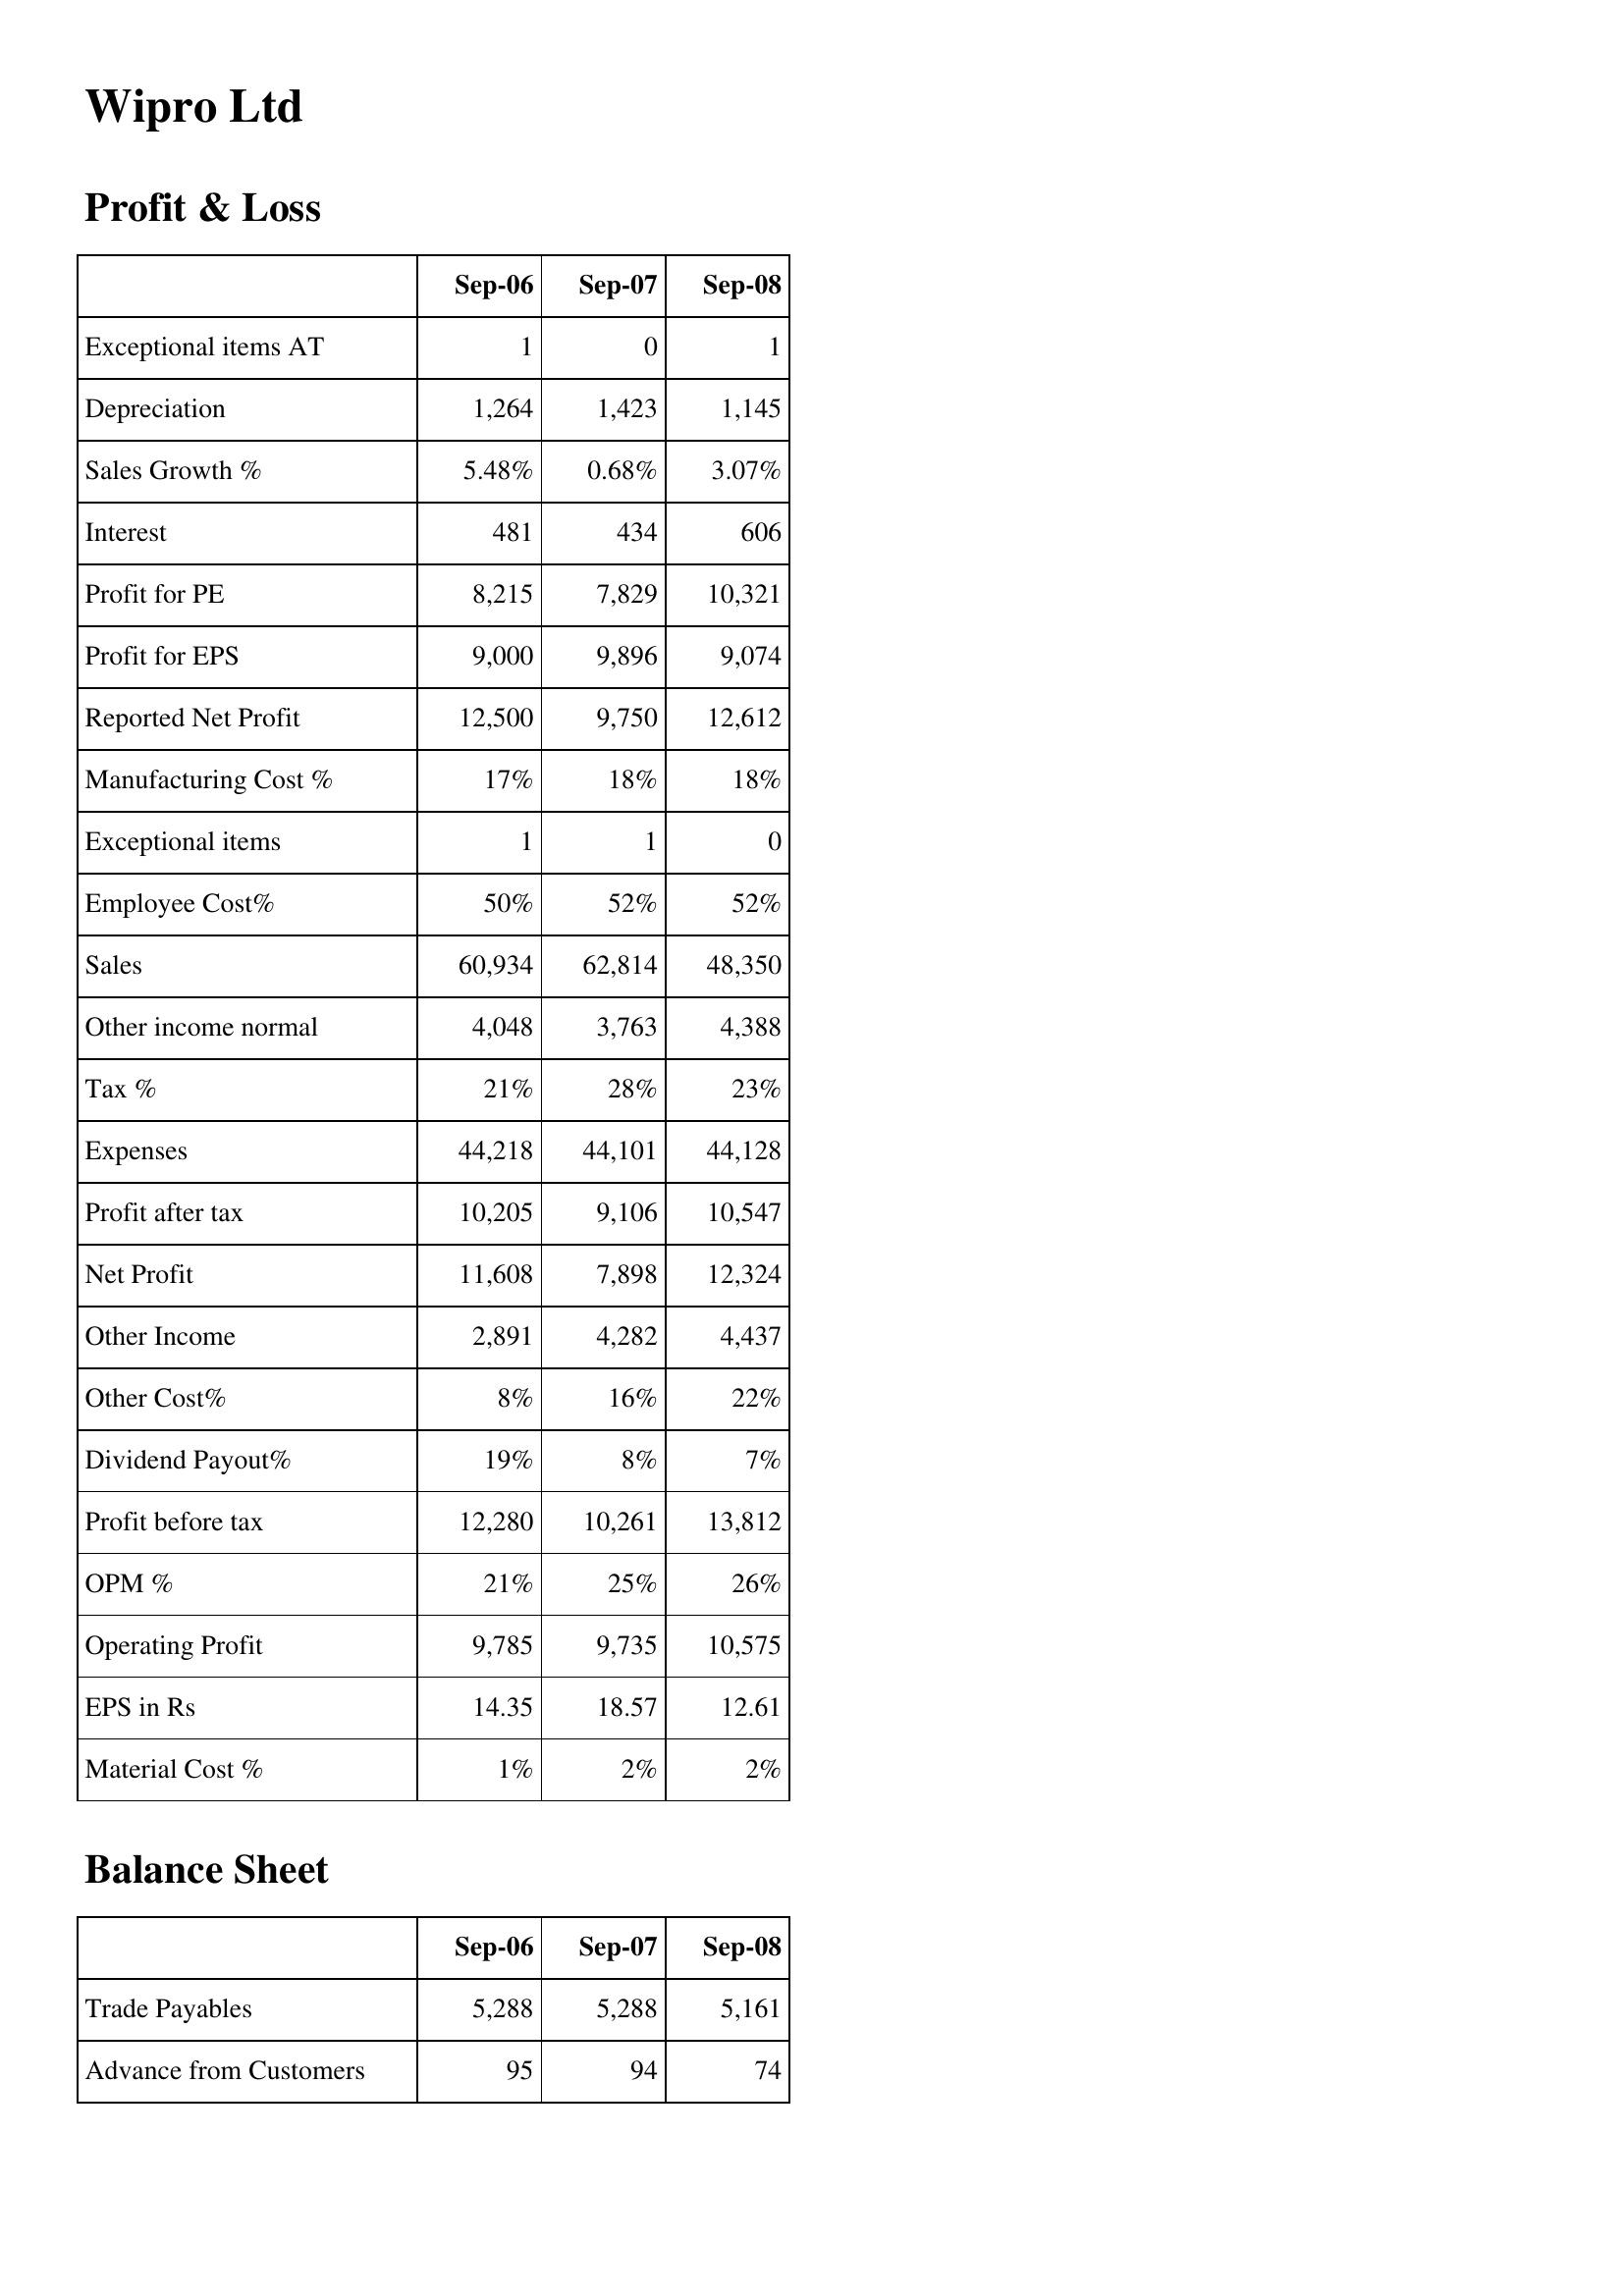
Sep-06: Profit & Loss: Exceptional items AT: 1
Depreciation: 1,264
Sales Growth %: 5.48%
Interest: 481
Profit for PE: 8,215
Profit for EPS: 9,000
Reported Net Profit: 12,500
Manufacturing Cost %: 17%
Exceptional items: 1
Employee Cost%: 50%
Sales: 60,934
Other income normal: 4,048
Tax %: 21%
Expenses: 44,218
Profit after tax: 10,205
Net Profit: 11,608
Other Income: 2,891
Other Cost%: 8%
Dividend Payout%: 19%
Profit before tax: 12,280
OPM %: 21%
Operating Profit: 9,785
EPS in Rs: 14.35
Material Cost %: 1%
Balance Sheet: Trade Payables: 5,288
Advance from Customers: 95
Sep-07: Profit & Loss: Exceptional items AT: 0
Depreciation: 1,423
Sales Growth %: 0.68%
Interest: 434
Profit for PE: 7,829
Profit for EPS: 9,896
Reported Net Profit: 9,750
Manufacturing Cost %: 18%
Exceptional items: 1
Employee Cost%: 52%
Sales: 62,814
Other income normal: 3,763
Tax %: 28%
Expenses: 44,101
Profit after tax: 9,106
Net Profit: 7,898
Other Income: 4,282
Other Cost%: 16%
Dividend Payout%: 8%
Profit before tax: 10,261
OPM %: 25%
Operating Profit: 9,735
EPS in Rs: 18.57
Material Cost %: 2%
Balance Sheet: Trade Payables: 5,288
Advance from Customers: 94
Sep-08: Profit & Loss: Exceptional items AT: 1
Depreciation: 1,145
Sales Growth %: 3.07%
Interest: 606
Profit for PE: 10,321
Profit for EPS: 9,074
Reported Net Profit: 12,612
Manufacturing Cost %: 18%
Exceptional items: 0
Employee Cost%: 52%
Sales: 48,350
Other income normal: 4,388
Tax %: 23%
Expenses: 44,128
Profit after tax: 10,547
Net Profit: 12,324
Other Income: 4,437
Other Cost%: 22%
Dividend Payout%: 7%
Profit before tax: 13,812
OPM %: 26%
Operating Profit: 10,575
EPS in Rs: 12.61
Material Cost %: 2%
Balance Sheet: Trade Payables: 5,161
Advance from Customers: 74